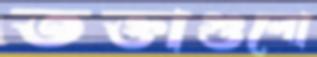
তক্তাগুলো